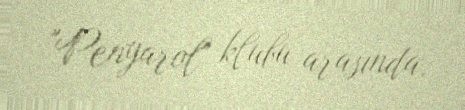
"Penyarol" klubu arasında.